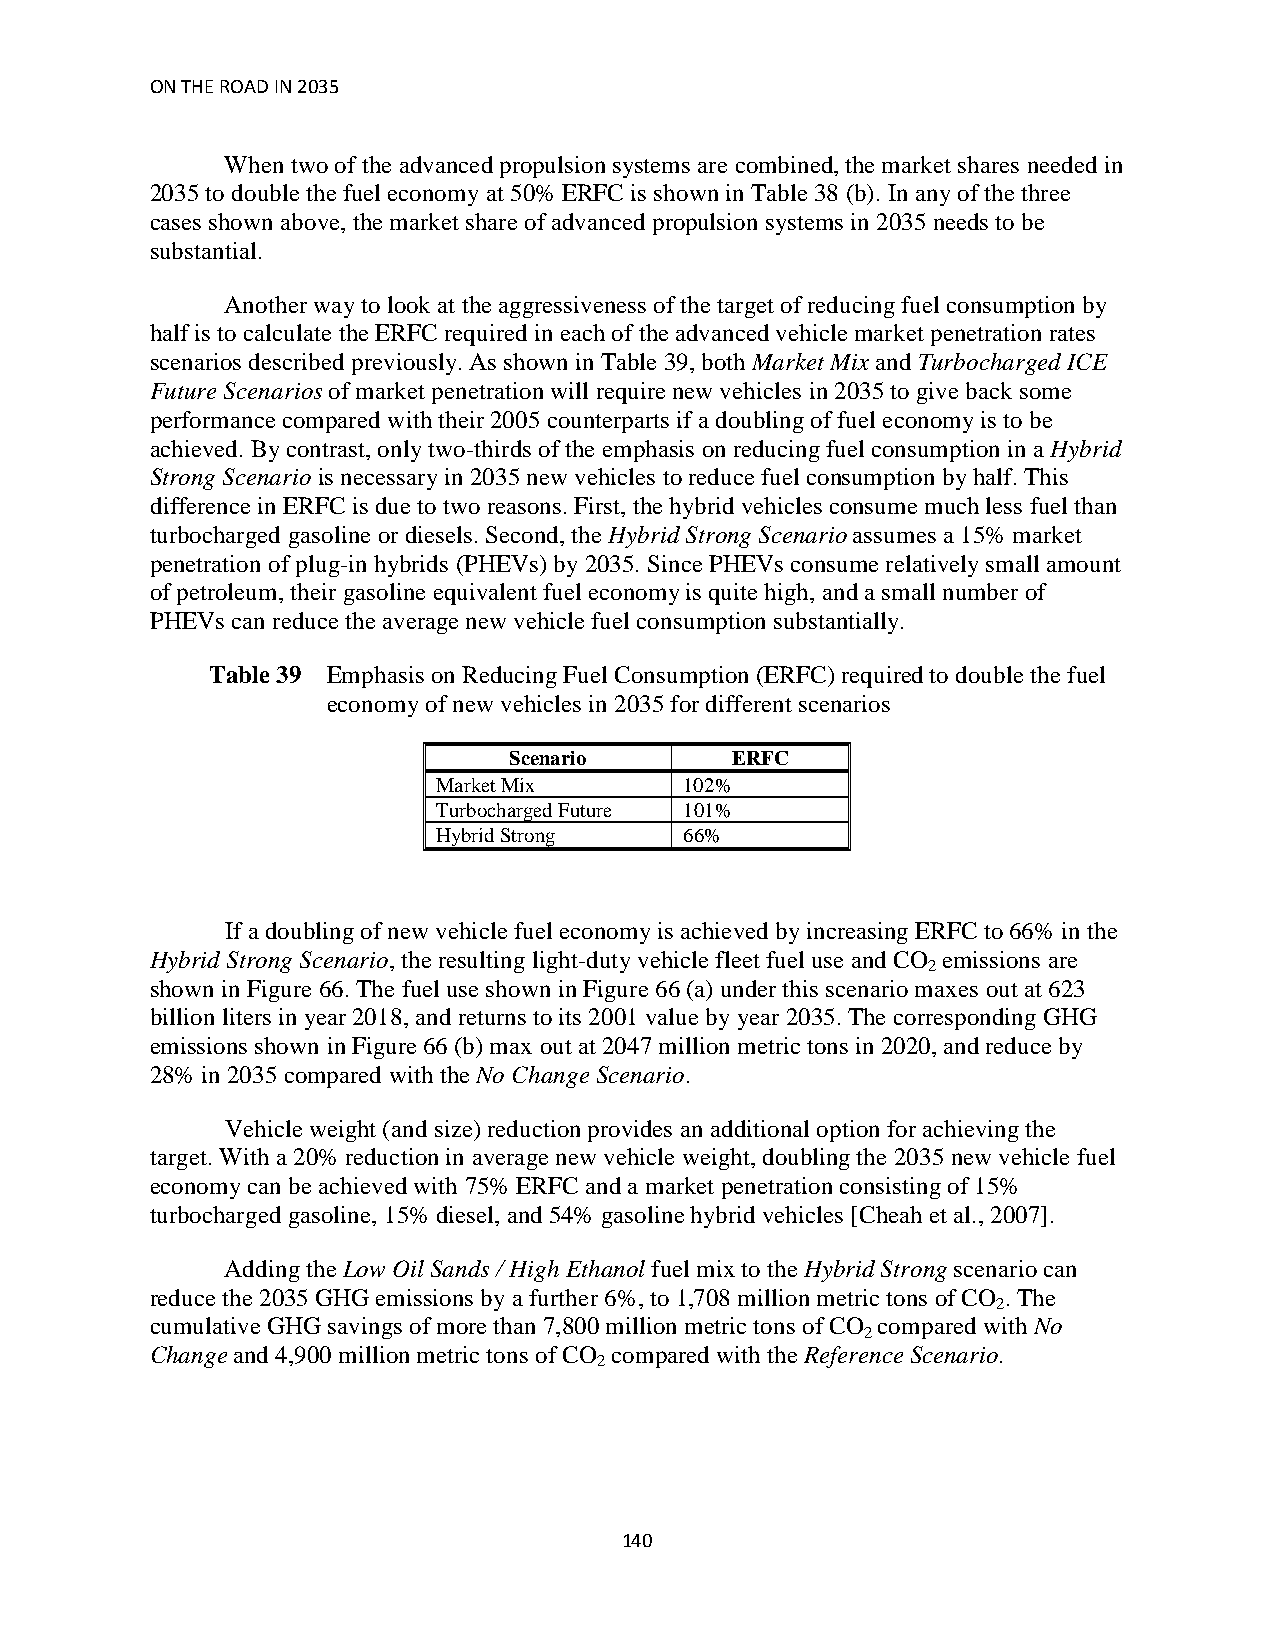
ON THE ROAD IN 2035
 When two of the advanced propulsion systems are combined, the market shares needed in
 2035 to double the fuel economy at 50% ERFC is shown in Table 38 (b). In any of the three
 cases shown above, the market share of advanced propulsion systems in 2035 needs to be
 substantial.
 Another way to look at the aggressiveness of the target of reducing fuel consumption by
 half is to calculate the ERFC required in each of the advanced vehicle market penetration rates
 scenarios described previously. As shown in Table 39, both Market Mix and Turbocharged ICE
 Future Scenarios of market penetration will require new vehicles in 2035 to give back some
 performance compared with their 2005 counterparts if a doubling of fuel economy is to be
 achieved. By contrast, only two-thirds of the emphasis on reducing fuel consumption in a Hybrid
 Strong Scenario is necessary in 2035 new vehicles to reduce fuel consumption by half. This
 difference in ERFC is due to two reasons. First, the hybrid vehicles consume much less fuel than
 turbocharged gasoline or diesels. Second, the Hybrid Strong Scenario assumes a 15% market
 penetration of plug-in hybrids (PHEVs) by 2035. Since PHEVs consume relatively small amount
 of petroleum, their gasoline equivalent fuel economy is quite high, and a small number of
 PHEVs can reduce the average new vehicle fuel consumption substantially.
 Table 39 Emphasis on Reducing Fuel Consumption (ERFC) required to double the fuel
 economy of new vehicles in 2035 for different scenarios
 Scenario       ERFC
 Market Mix      102%
 Turbocharged Future 101%
 Hybrid Strong   66%
 If a doubling of new vehicle fuel economy is achieved by increasing ERFC to 66% in the
 Hybrid Strong Scenario, the resulting light-duty vehicle fleet fuel use and CO emissions are
 2
 shown in Figure 66. The fuel use shown in Figure 66 (a) under this scenario maxes out at 623
 billion liters in year 2018, and returns to its 2001 value by year 2035. The corresponding GHG
 emissions shown in Figure 66 (b) max out at 2047 million metric tons in 2020, and reduce by
 28% in 2035 compared with the No Change Scenario.
 Vehicle weight (and size) reduction provides an additional option for achieving the
 target. With a 20% reduction in average new vehicle weight, doubling the 2035 new vehicle fuel
 economy can be achieved with 75% ERFC and a market penetration consisting of 15%
 turbocharged gasoline, 15% diesel, and 54% gasoline hybrid vehicles [Cheah et al., 2007].
 Adding the Low Oil Sands / High Ethanol fuel mix to the Hybrid Strong scenario can
 reduce the 2035 GHG emissions by a further 6%, to 1,708 million metric tons of CO . The
 2
 cumulative GHG savings of more than 7,800 million metric tons of CO compared with No
 2
 Change and 4,900 million metric tons of CO compared with the Reference Scenario.
 2
 140